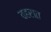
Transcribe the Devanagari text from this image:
वहरात